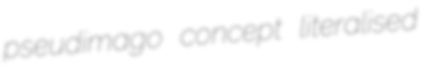
pseudimago concept literalised